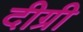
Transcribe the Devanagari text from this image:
दीग्री